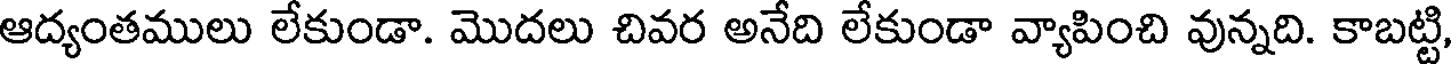
ఆద్యంతములు లేకుండా. మొదలు చివర అనేది లేకుండా వ్యాపించి వున్నది. కాబట్టి